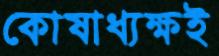
কোষাধ্যক্ষই